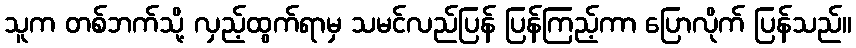
သူက တစ်ဘက်သို့ လှည့်ထွက်ရာမှ သမင်လည်ပြန် ပြန်ကြည့်ကာ ပြောလိုက် ပြန်သည်။